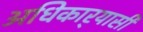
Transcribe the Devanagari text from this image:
अधिकार्‍यासी